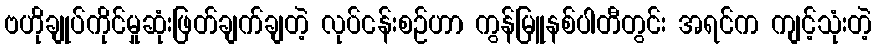
ဗဟိုချုပ်ကိုင်မှုဆုံးဖြတ်ချက်ချတဲ့ လုပ်ငန်းစဉ်ဟာ ကွန်မြူနစ်ပါတီတွင်း အရင်က ကျင့်သုံးတဲ့